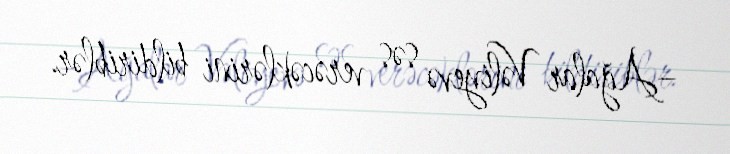
–Ağalar Vəliyevə səs verəcəklərini bildiriblər.